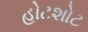
હોટશોટ